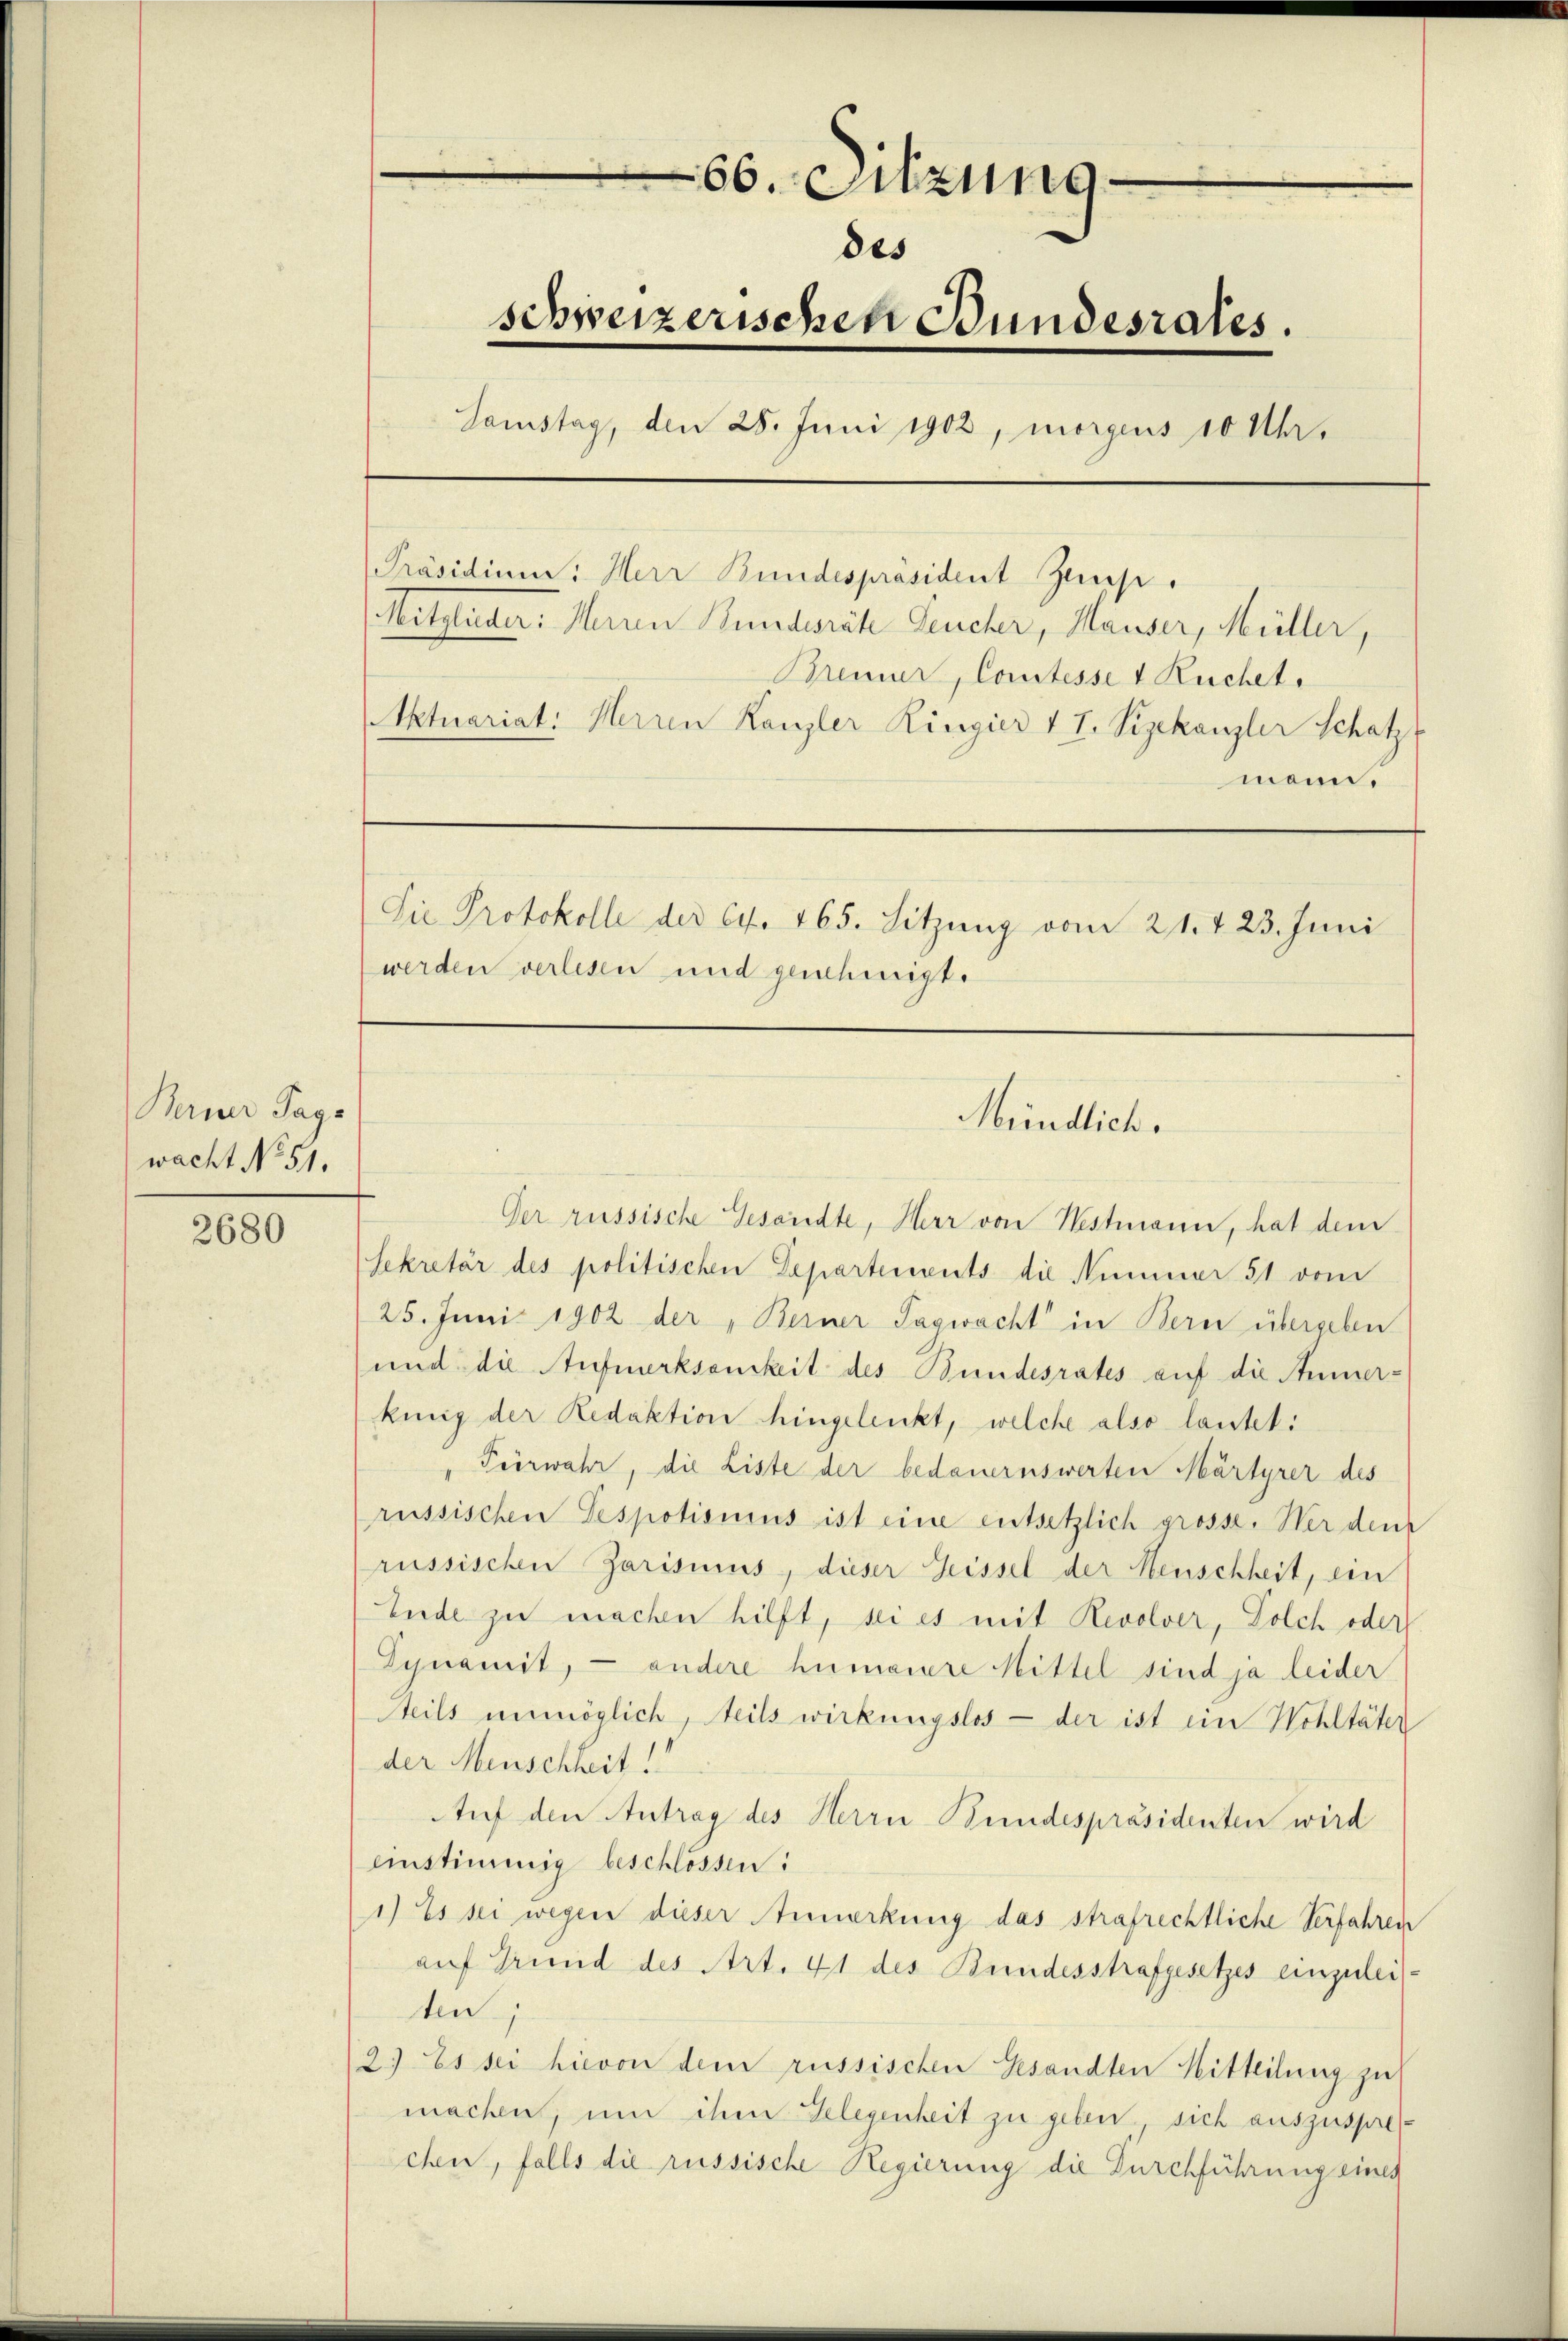
Berner Tage
wacht No 51.

2680

e
e
66. Sitzung
des
schweizerischen Bundesrates.
Samstag, den 28. Juni 1902, morgens 10 Uhr.

[Präsidium: Herr Bundespräsident Zinse.
(Mitglieder: Herren Bunderät Feucher, Hauser, Müller,
Aktuariat: Herren Kanzler Ringier v T. Vizekanzler Schatz

mann.
Sie Protokolle der 64. 165. Sitzŭng vom 21. v. 23. Juni
werden verlesen und genehmigt.

Bemer, Comtesse 1 Ruchet,

Mündlich.

Der russische Gesandte, Herr von Nestmann, hat dem
Sekretär des politischen Lepartements die Nummer 51 vom
25. Juni 1902 der „Berner Tagwacht in Bern übergeben
und die Aufmerksamkeit des Bundesrates auf die Anmer-
kung der Redaktion hingelenkt, welche also lautet:
Feerwahr, die Liste der bedauernswerten Märtyrer des
russischen Despotismus ist eine entsetzlich grosse. Wer den
russischen Parismus, dieser Geissel der Menschheit, ein
Ende zu machen hilft, sei es mit Revolver, Solch oder
Gynamit, - andere humauere Mittel sind ja leider
Steils unmöglich, teils wirkungslos - der ist ein Wohltäter
der Menschheit!!
Auf den Antrag des Herrn Bundespräsidenten wird
einstimmig beschlossen:
1) Es sei wegen dieser Anmerkung das strafrechtliche Verfahren
auf Grund des Art. 41 des Bundesstrafgesetzes einzulei.
ten;
2) Es sei hievon dem russischen Gesandten Mitteilung zu
machen, um ihm Gelegenheit zu geben, sich auszusprechen, falls die russische Regierung die Durchführung eines